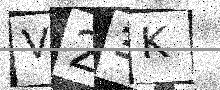
Text: V23K